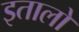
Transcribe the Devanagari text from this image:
इतालो